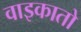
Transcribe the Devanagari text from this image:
वाइकातो